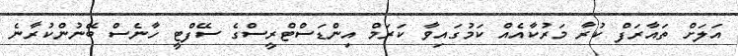
އަލަށް ތައާރަފް ކުރާ މަރުކާއެއް ކަމުގައިވާ ކަރަމް އިންޑަސްޓްރީސްގެ ސޭފްޓީ ހާނެސް ބޭނުންކުރާނެ